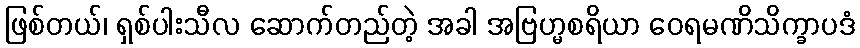
ဖြစ်တယ်၊ ရှစ်ပါးသီလ ဆောက်တည်တဲ့ အခါ အဗြဟ္မစရိယာ ဝေရမဏိသိက္ခာပဒံ